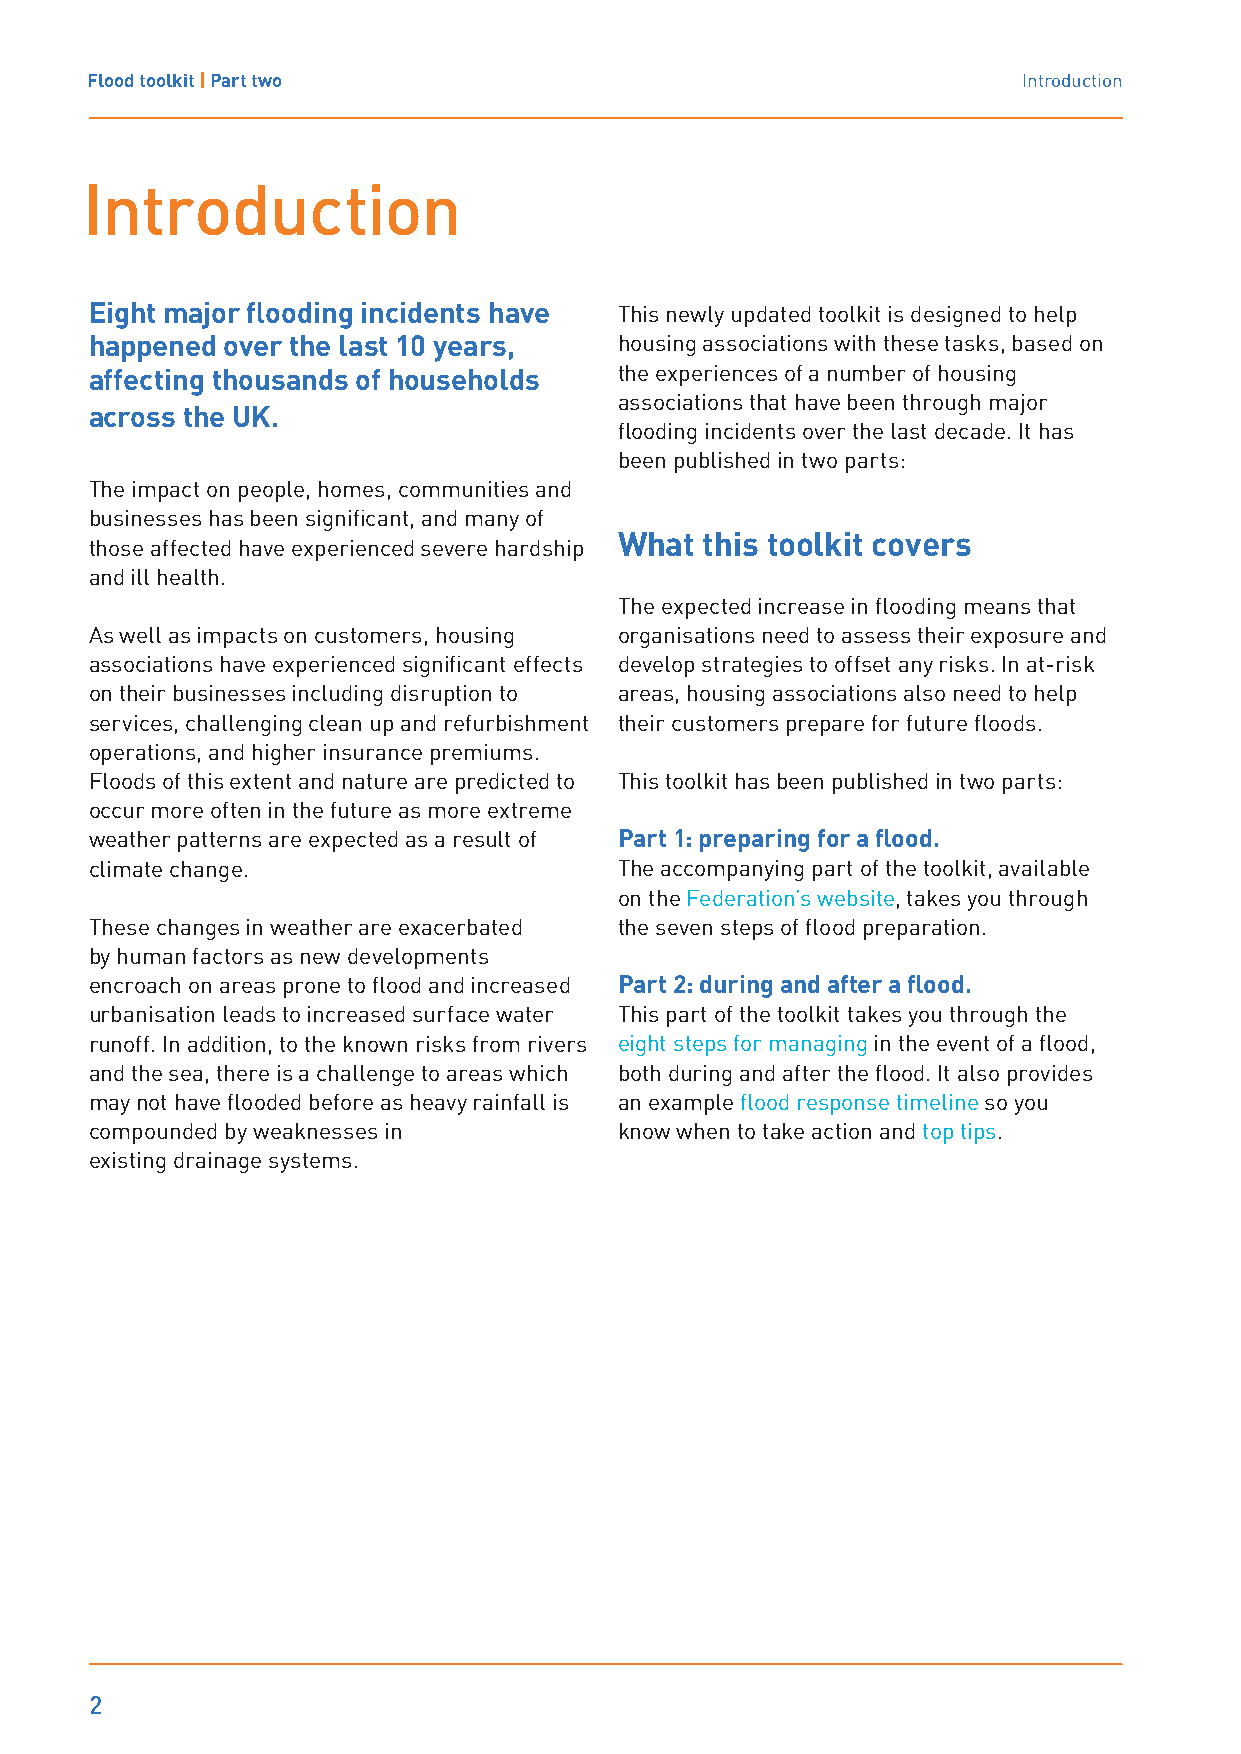
Flood toolkit | Part two                                      Introduction
 Introduction
 Eight major flooding incidents have This newly updated toolkit is designed to help
 happened over the last 10 years,   housing associations with these tasks, based on
 affecting thousands of households  the experiences of a number of housing
 associations that have been through major
 across the UK.
 flooding incidents over the last decade. It has
 been published in two parts:
 The impact on people, homes, communities and
 businesses has been significant, and many of
 What  this toolkit covers
 those affected have experienced severe hardship
 and ill health.
 The expected increase in flooding means that
 As well as impacts on customers, housing organisations need to assess their exposure and
 associations have experienced significant effects develop strategies to offset any risks. In at-risk
 on their businesses including disruption to areas, housing associations also need to help
 services, challenging clean up and refurbishment their customers prepare for future floods.
 operations, and higher insurance premiums.
 Floods of this extent and nature are predicted to This toolkit has been published in two parts:
 occur more often in the future as more extreme
 weather patterns are expected as a result of Part 1: preparing for a flood.
 climate change.                    The accompanying part of the toolkit, available
 on the Federation’s website, takes you through
 These changes in weather are exacerbated the seven steps of flood preparation.
 by human factors as new developments
 encroach on areas prone to flood and increased Part 2: during and after a flood.
 urbanisation leads to increased surface water This part of the toolkit takes you through the
 runoff. In addition, to the known risks from rivers eight steps for managing in the event of a flood,
 and the sea, there is a challenge to areas which both during and after the flood. It also provides
 may not have flooded before as heavy rainfall is an example flood response timeline so you
 compounded by weaknesses in        know when to take action and top tips.
 existing drainage systems.
 2